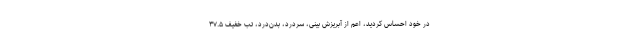
در خود احساس کردید، اعم از آبریزش بینی، سردرد، بدن‌درد، تب خفیف ۳۷.۵